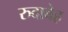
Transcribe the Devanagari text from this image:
रुदाबेह